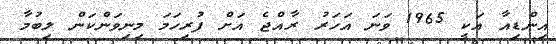
އިންޑިއާ އަކީ 1965 ވަނަ އަހަރު ރާއްޖެ އަށް ފުރިހަމަ މިނިވަންކަން ލިބުމާ